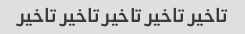
تاخیر تاخیر تاخیر تاخیر تاخیر